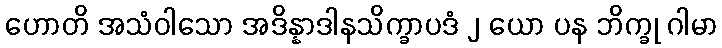
ဟောတိ အသံဝါသော အဒိန္နာဒါနသိက္ခာပဒံ ၂ ယော ပန ဘိက္ခု ဂါမာ